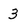
Character: 3